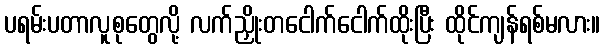
ပရမ်းပတာလူစုတွေလို့ လက်ညှိုးတငေါက်ငေါက်ထိုးပြီး ထိုင်ကျန်ရစ်မလား။